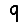
Digit: 9